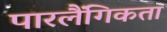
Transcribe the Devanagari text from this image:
पारलैंगिकता